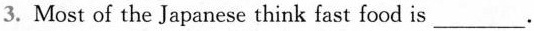
3. Most of the Japanese think fast food is ___ .